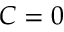
C = 0